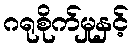
ဂရုစိုက်မှုနှင့်